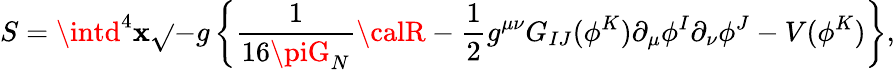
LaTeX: S=\intd^{4}\mathbf{x}\sqrt{}{{-g}}\left\{ {\frac{{1}}{{16\piG_{N}}}}{\calR}-\frac{{1}}{{2}}g^{\mu\nu}G_{IJ}(\phi^{K})\partial_{\mu}\phi^{I}\partial_{\nu}\phi^{J}-V(\phi^{K})\right\} ,